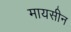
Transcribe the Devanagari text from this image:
मायसीन